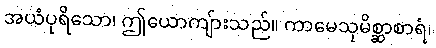
အယံပုရိသော၊ ဤယောကျ်ားသည်။ ကာမေသုမိစ္ဆာစာရံ၊